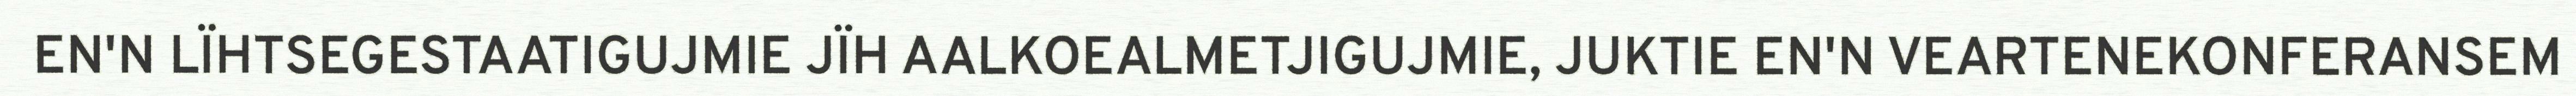
EN'N LÏHTSEGESTAATIGUJMIE JÏH AALKOEALMETJIGUJMIE, JUKTIE EN'N VEARTENEKONFERANSEM